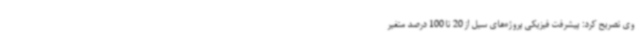
وی تصریح کرد: پیشرفت فیزیکی پروژه‌های سیل از 20 تا 100 درصد متغیر